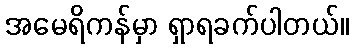
အမေရိကန်မှာ ရှာရခက်ပါတယ်။